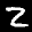
Label: 2